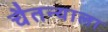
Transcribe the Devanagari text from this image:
चैतन्याला